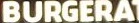
BURGERAT